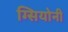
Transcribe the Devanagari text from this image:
ग्सियोनी